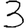
Digit: 3